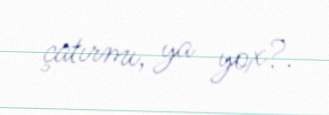
çatırmı, ya yox?.